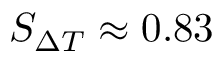
S _ { \ensuremath { \Delta T } } \approx 0 . 8 3